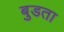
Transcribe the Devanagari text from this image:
बुडता